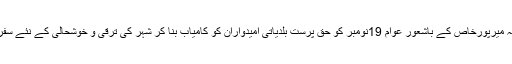
انہوں نے مزید کہا کہ میرپورخاص کے باشعور عوام 19نومبر کو حق پرست بلدیاتی امیدواران کو کامیاب بنا کر شہر کی ترقی و خوشحالی کے نئے سفر کا آغاز کریں گے ۔